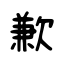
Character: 歉